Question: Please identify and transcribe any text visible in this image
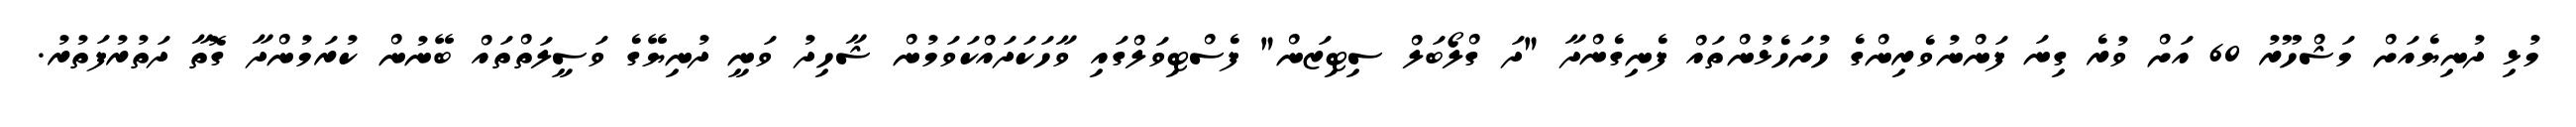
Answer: މުޅި ދުނިޔެއަށް މަޝްހޫރު 60 އަށް ވުރެ ގިނަ ފަންނުވެރިންގެ ހުށަހެޅުންތައް ފެނިގެންދާ "ދަ ގްލޯބަލް ސިޓިޒަން" ފެސްޓިވަލްގައި ވާހަކަދައްކަވަމުން ޝާހިދު ވަނީ ދުނިޔޭގެ ވަސީލަތްތައް ބޭނުން ކުރަމުންދާ ގޮތާ ދަތުރުފަތުރު.